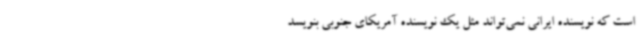
است که نویسنده ایرانی نمی‌تواند مثل یک نویسنده آمریکای جنوبی بنویسد